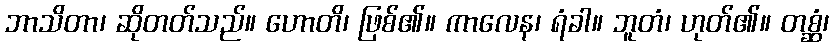
ဘာသိတာ၊ ဆိုတတ်သည်။ ဟောတိ၊ ဖြစ်၏။ ကာလေန၊ ရံခါ။ ဘူတံ၊ ဟုတ်၏။ တစ္ဆံ၊